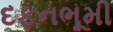
દફનભૂમી